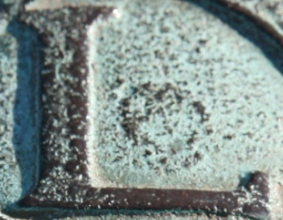
L